Vana-Antsla_vallavalitsus, lk 94
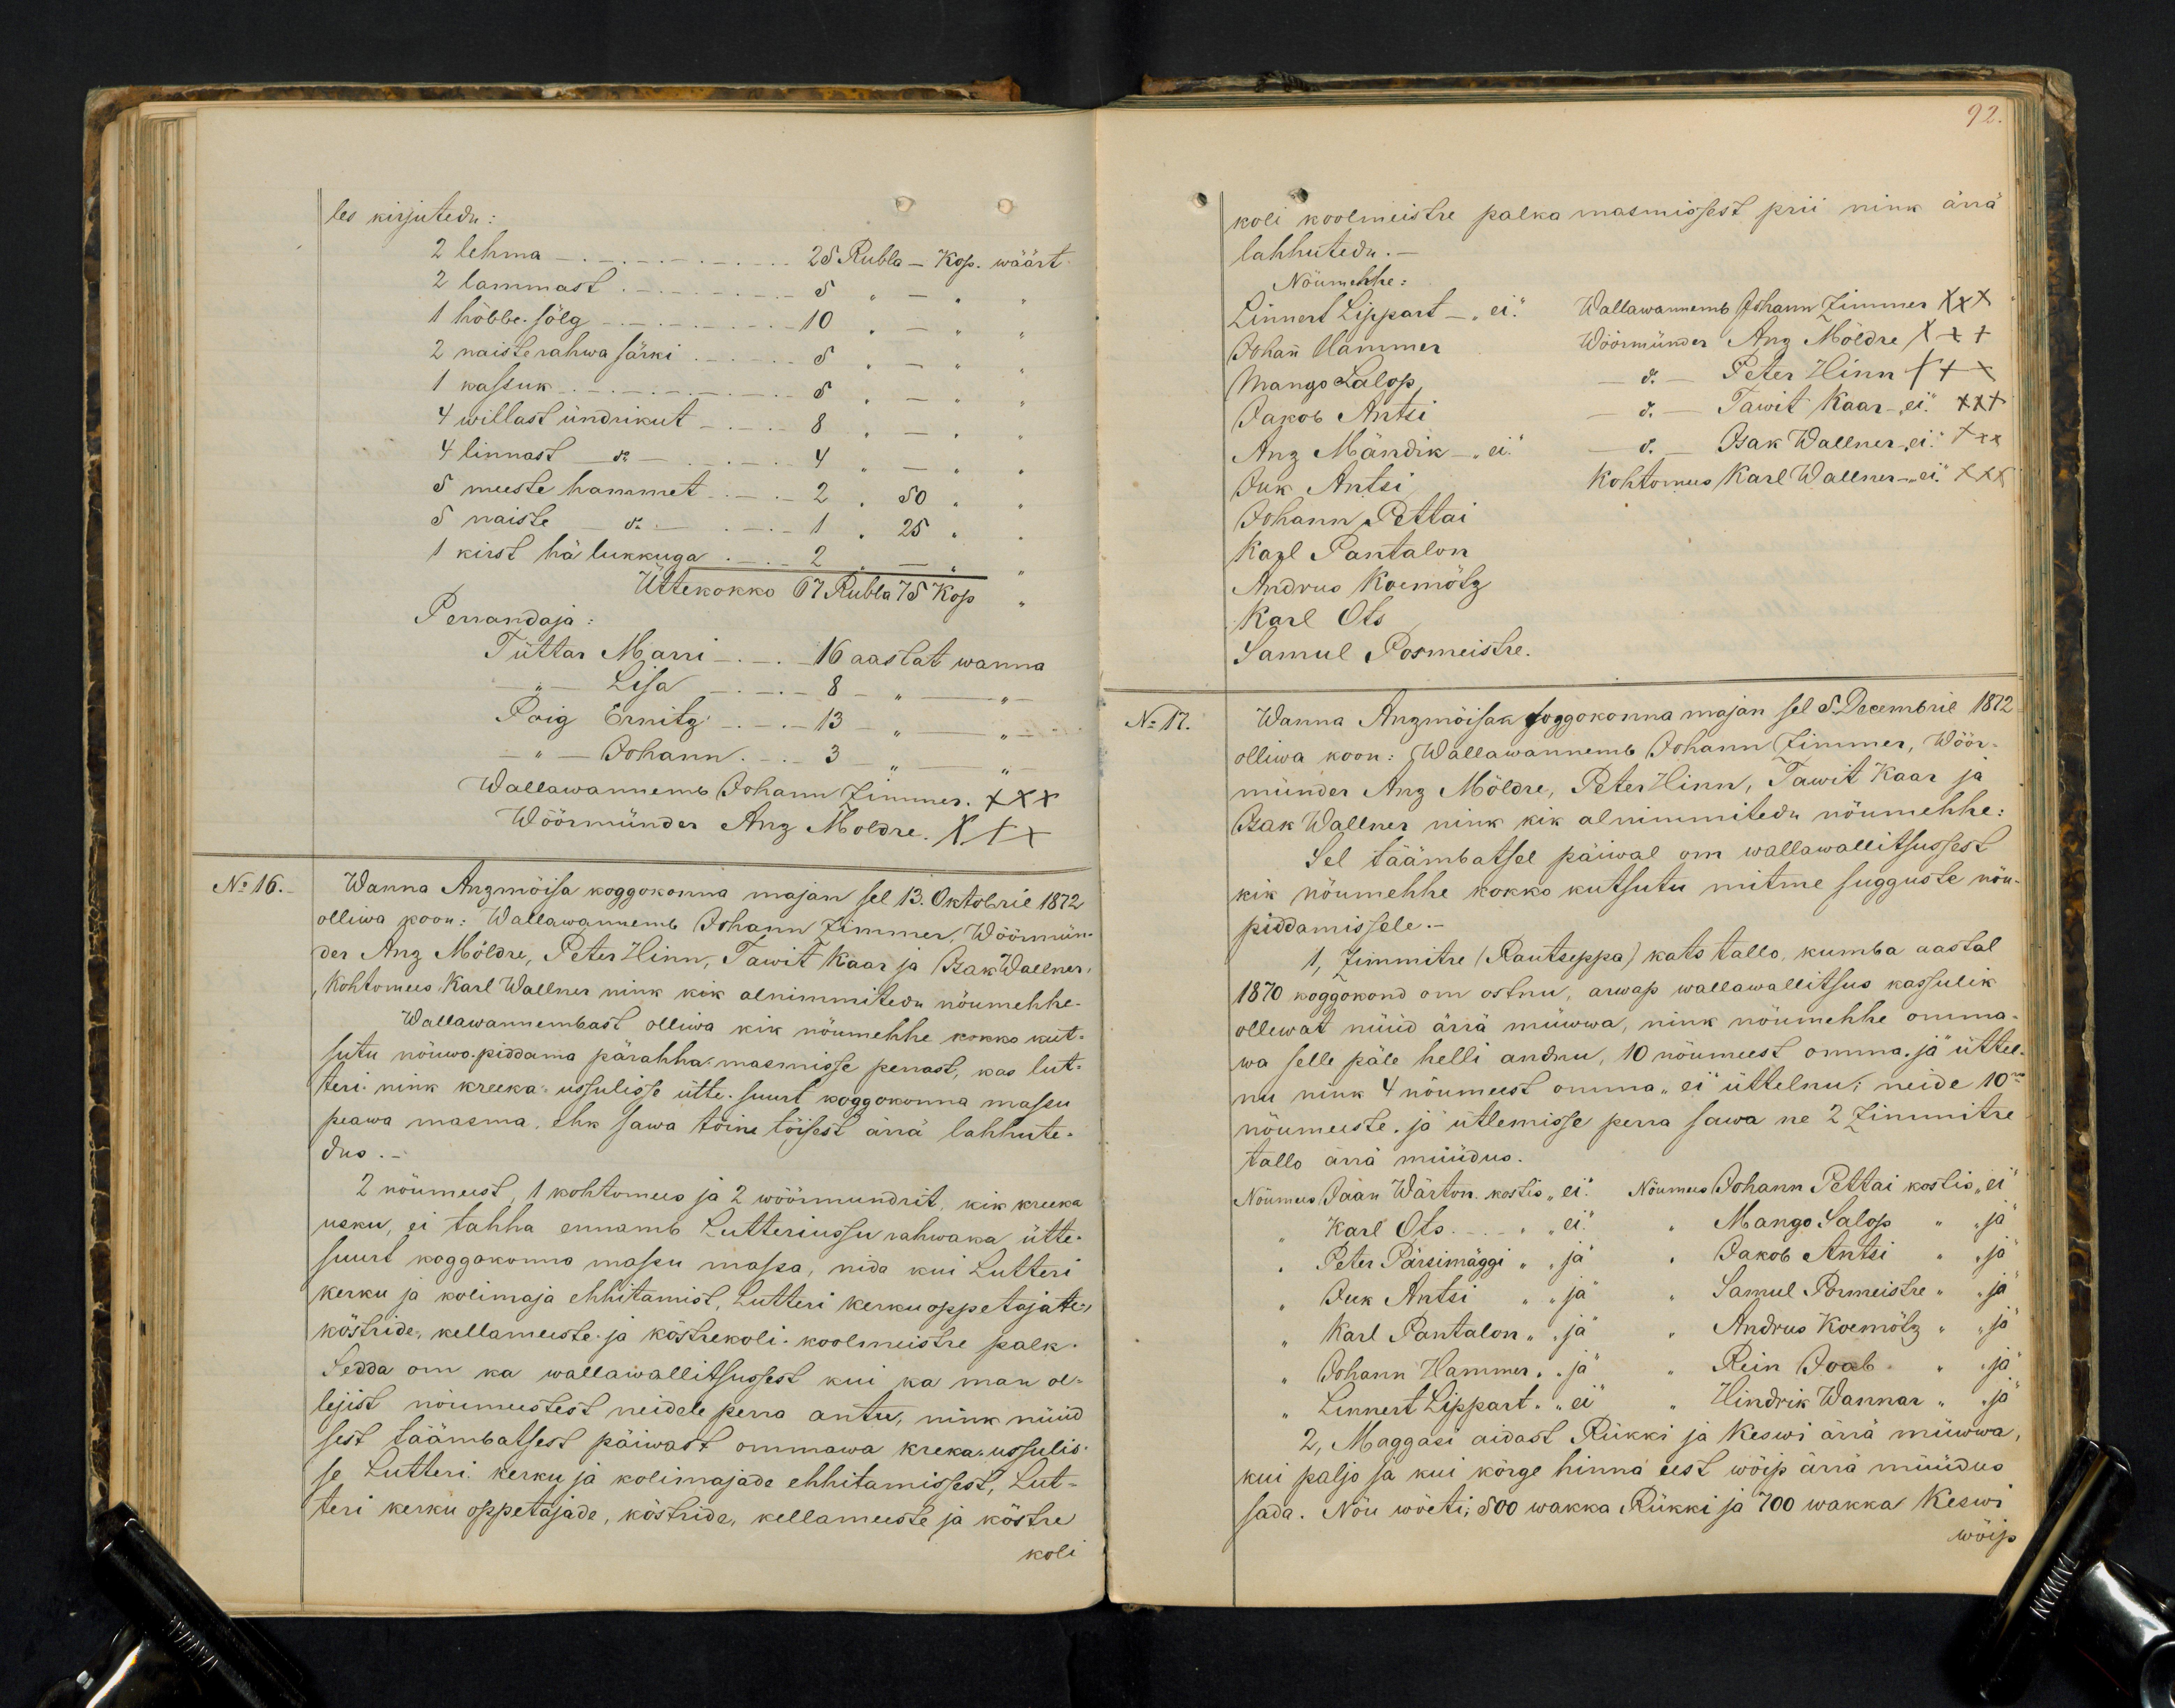
les kirjutedu:
2 lehma -. - - 25 Rubla - Kop. wäärt
2 lammast. - 5 " - "
1 hõbbe. sölg - - 10 " - " "
2 naisterahwa särki - 5 " - " "
1 kassuk - 5 " - " "
4 willast ündrikut - - 8 " - " "
4 linnast do - 4 " - " "
4 willast undrikut -.- 8 " - " "
5 meeste hammet - 2" 50 " "
5 naiste - do. - 1"25 "
1 kirst hä lukkuga - 2 - " -
Perrandaja:
Üttekokko 67 Rubla 75 kop
Tüttar Marri - - 16 aastat wanna
.- Lisa - - 8 - " - "
Poig Ernitz - 13 " - "
" Johann - 3 " -
Wallawannemb Johann ZimmeR XXX
Wöörmünder Anz Moldre XXX
No 16.
Wanna Anzmõisa koggokonna majan sel 13. Oktobril 1872
olliwa koon: Wallawannemb Johann Zimmer, Wöörmün-
der Anz Möldre, Peter Hinn, Tawit Kaar ja Isak Wallner,
Kohtomees Karl Wallner nink kõik alnimmitedu nöumehhe.
Wallawannembast olliwa kik nöumehhe kokko kut-
sutu nöuwo-piddama pärahha-masmisse perrast, kas lut-
teri- nink kreeka-ussulisse ütte. suurt koggokonna massu
peawa masma, ehk sawa töine töisest ärrä lahhute-
dus.
2 nöumeest, 1 kohtomees ja 2 wöörmundrit, kik kreeka
usku, ei tahha ennamb Luteriussu rahwaka ütte-
suurt koggokonna massu massa, nida kui Lutteri
kerku ja kolimaja ehhitamist, Lutteri kerku oppetajate,
köstride, kellameeste ja köstrekoli-koolmeistre palk.
Sedda on ka wallawallitsusest kui ka man ol-
lejist nöumeestest neidele perra antu, nink nüüd
sest täämbatsest päiwast ommawa kreka-ussulis-
se Lutteri kerku ja kolimajade ehhitamissest, Lut-
teri kerku oppetajade, köstride, kellameeste ja köstre
koli

92.
koli koolmeistre palka masmissest prii nink ärrä
lahhutedu.-
Nöumehhe:
Linnert Lippart - "ei" Wallawannemb Johann Zimmer xxx
Johan Hammer
Wöörmünder Anz Möldre XXX
Mango Salop
do - Peter Hinn XXX
Jakob Antsi
do - Dawit Kaar - "ei" XXX
Anz Mändik - "ei" do - Isak Wallner "ei" xxx
Juk Antsi
Kohtomees Karl Wallner - "ei" XXX
Johann Pettai
Karl Pantalon
Andrus Koemötz
Karl Ots
Samul Pormeistre.
No 17.
Wanna Anzmöisan Koggokonna majan sel 5 Decembril 1872
olliwa koon: Wallawannemb Johann Zimmer, Wöör-
münder Anz Möldre, Peter Hinn, Tawit Kaar ja
Isak Wallner nink kik alnimmitedu nöumehhe
Sel täämbatsel päiwal om wallawallitsussest
kik nöumehhe kokko kutsutu mitme sugguste nöu-
piddamissele.-
1, Zimmitre (Rautseppa) kats tallo, kumba aastal
1870 koggokond om ostnu, arwap wallawallitsus kassulik
ollewat nüüd ärrä müwwa, nink nöumehhe omma
wa selle päle helli andnu, 10 nöumeest omma "ja" ühtee-
nu nink 4 nõumeest omma "ei" üttelnud; neide 10
nöumeeste "ja" ütlemisse perra sawa ne 2 Zimmitre
tallo ärrä müüdus.
Nöumees Jaan Wärton kostis "ei" Nõumees Johann Pettai kostis "ei"
Karl Ots. - " "ei" " Mango Salop " "ja"
" Peter Pärsimäggi " "ja" " Jakob Antsi " "ja"
" Iuk Antsi " "ja" " Samuel Pormeistre " "ja"
Karl Pantalion " "ja" "Andrus Koemötz" "ja"
"Johann Hanner " "ja" " Rein Ioab " "ja"
"Linnest Lippart" "ei" " Hindrik Wannar " "ja"
2, Maggasi aidast Rükki ja Keswi ärra müwwa
kui paljo sa kui körge hinna eest wõip ärra müüdus
sada. Nöu wöeti, 500 wakka Rükki ja 700 Wakka Keswi
wöip